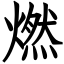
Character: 燃